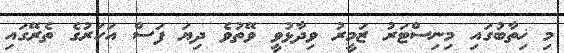
މި ޚިތާބުގައި މިނިސްޓަރު ޒަމީރު ވިދާޅުވީ ވޭތުވެ ދިޔަ ފަސް އަހަރުގެ ތެރޭގައި